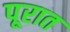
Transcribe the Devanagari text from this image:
पूरात